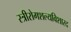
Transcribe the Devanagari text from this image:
स्त्रीरोगशल्यविशारद